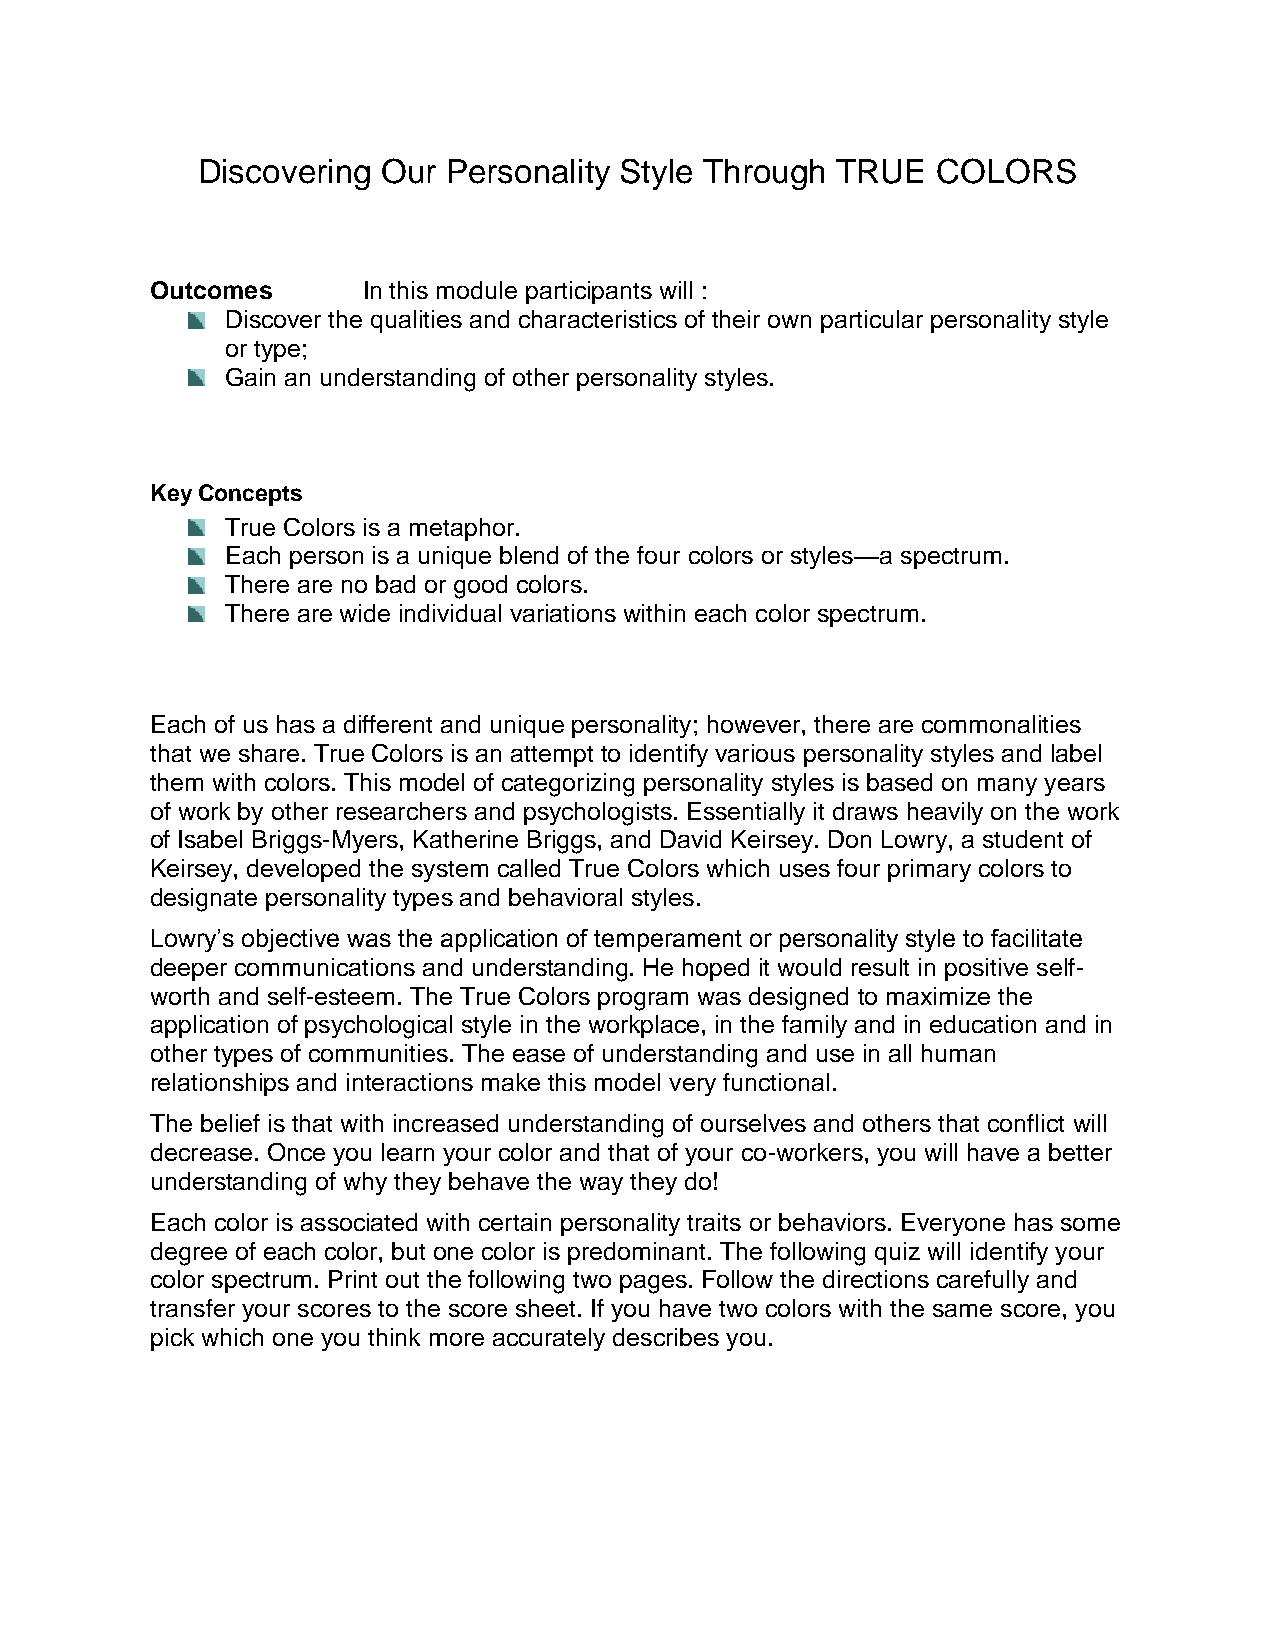
Discovering Our  Personality Style Through TRUE  COLORS
 Outcomes      In this module participants will :
 Discover the qualities and characteristics of their own particular personality style
 or type;
 Gain an understanding of other personality styles.
 Key Concepts
 True Colors is a metaphor.
 Each person is a unique blend of the four colors or styles—a spectrum.
 There are no bad or good colors.
 There are wide individual variations within each color spectrum.
 Each of us has a different and unique personality; however, there are commonalities
 that we share. True Colors is an attempt to identify various personality styles and label
 them with colors. This model of categorizing personality styles is based on many years
 of work by other researchers and psychologists. Essentially it draws heavily on the work
 of Isabel Briggs-Myers, Katherine Briggs, and David Keirsey. Don Lowry, a student of
 Keirsey, developed the system called True Colors which uses four primary colors to
 designate personality types and behavioral styles.
 Lowry’s objective was the application of temperament or personality style to facilitate
 deeper communications and understanding. He hoped it would result in positive self-
 worth and self-esteem. The True Colors program was designed to maximize the
 application of psychological style in the workplace, in the family and in education and in
 other types of communities. The ease of understanding and use in all human
 relationships and interactions make this model very functional.
 The belief is that with increased understanding of ourselves and others that conflict will
 decrease. Once you learn your color and that of your co-workers, you will have a better
 understanding of why they behave the way they do!
 Each color is associated with certain personality traits or behaviors. Everyone has some
 degree of each color, but one color is predominant. The following quiz will identify your
 color spectrum. Print out the following two pages. Follow the directions carefully and
 transfer your scores to the score sheet. If you have two colors with the same score, you
 pick which one you think more accurately describes you.